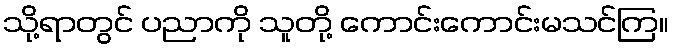
သို့ရာတွင် ပညာကို သူတို့ ကောင်းကောင်းမသင်ကြ။